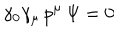
\gamma _ { 0 } \gamma _ { \mu } \, p ^ { \mu } \, \Psi = 0